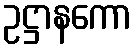
ဥဋ္ဌာနကော